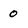
Character: 0